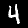
Label: 4